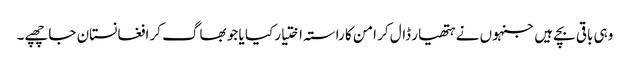
وہی باقی بچے ہیں جنہوں نے ہتھیار ڈال کر امن کا راستہ اختیار کیا یا جو بھاگ کر افغانستان جا چھپے۔